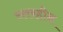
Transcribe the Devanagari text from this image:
स्तरहीन